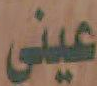
عينى